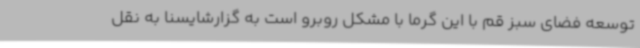
توسعه فضای سبز قم با این گرما با مشکل روبرو است به گزارشایسنا به نقل